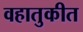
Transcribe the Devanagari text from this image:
वहातुकीत